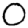
Digit: 0